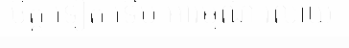
ចិត្ត ទៀត ទើប អារម្មណ៍ រលាយ